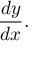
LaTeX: { \frac { d y } { d x } } .